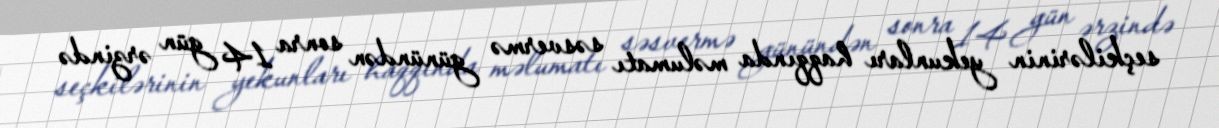
seçkilərinin yekunları haqqında məlumatı səsvermə günündən sonra 14 gün ərzində